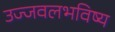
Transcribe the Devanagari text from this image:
उज्जवलभविष्य